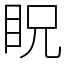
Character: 眖